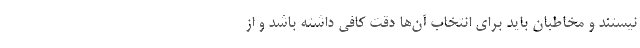
نیستند و مخاطبان باید برای انتخاب آن‌ها دقت کافی داشته باشد و از